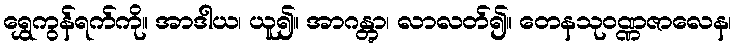
ရွှေကွန်ရက်ကို။ အာဒါယ၊ ယူ၍။ အာဂန္တွာ၊ လာလတ်၍။ တေနသုဝဏ္ဏဇာလေန၊